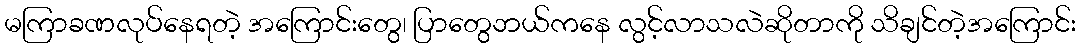
မကြာခဏလုပ်နေရတဲ့ အကြောင်းတွေ၊ ပြာတွေဘယ်ကနေ လွင့်လာသလဲဆိုတာကို သိချင်တဲ့အကြောင်း